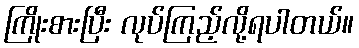
ကြိုးစားပြီး လုပ်ကြည့်လို့ရပါတယ်။